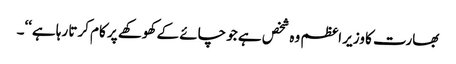
بھارت کا وزیر اعظم وہ شخص ہے جو چائے کے کھوکھے پر کام کرتا رہا ہے‘‘۔